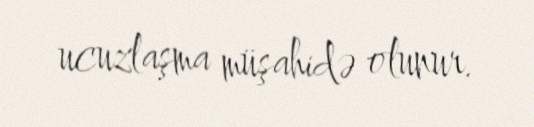
ucuzlaşma müşahidə olunur.